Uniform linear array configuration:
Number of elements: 8
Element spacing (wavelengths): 0.75
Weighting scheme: kaiser
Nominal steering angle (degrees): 30
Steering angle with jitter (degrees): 29.928
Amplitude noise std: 0.05
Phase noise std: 0.05

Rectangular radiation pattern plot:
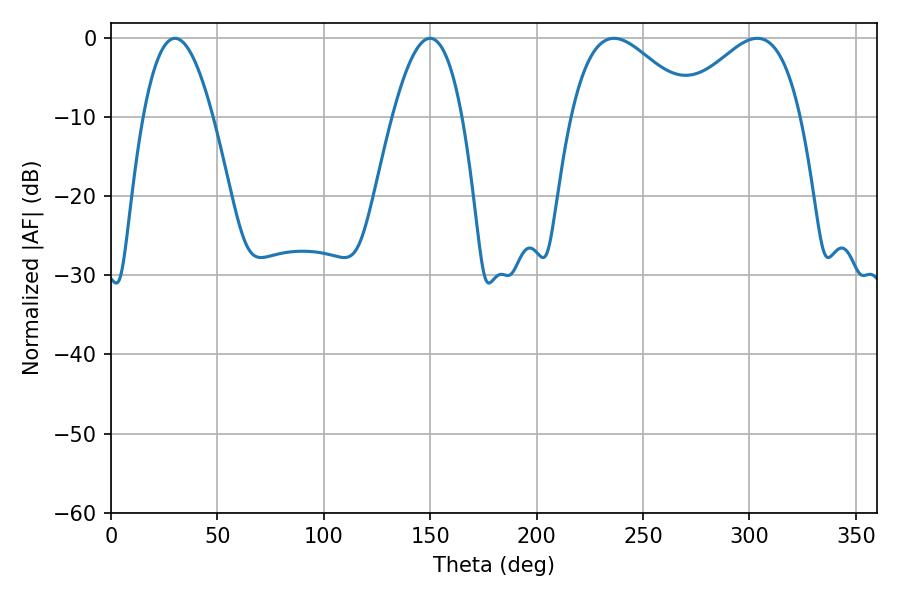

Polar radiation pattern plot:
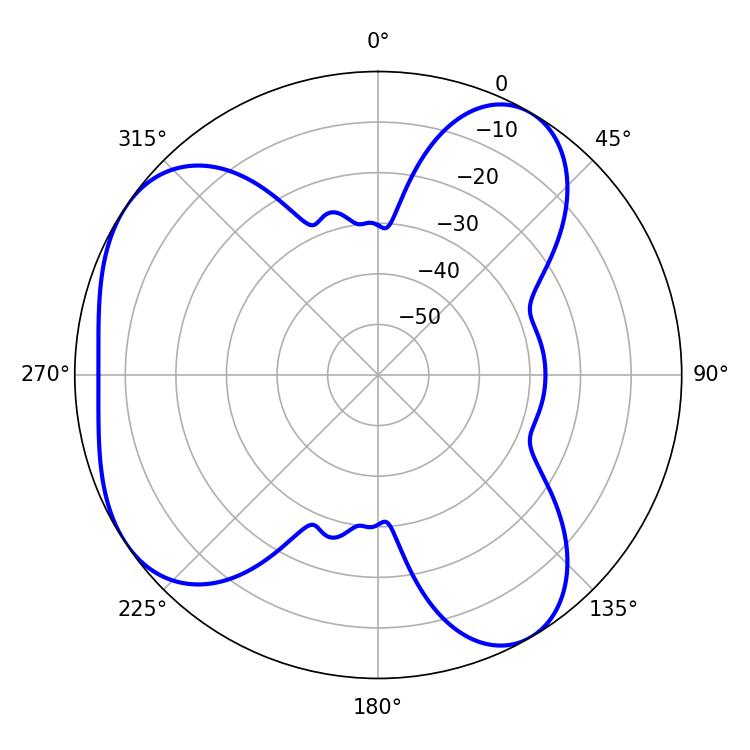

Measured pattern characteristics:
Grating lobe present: TRUE
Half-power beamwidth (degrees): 30.96
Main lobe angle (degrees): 236.34